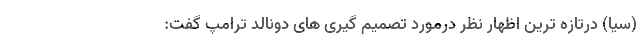
(سیا) درتازه ترین اظهار نظر درمورد تصمیم گیری های دونالد ترامپ گفت: